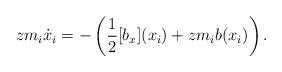
LaTeX: \begin{align*} zm_i\dot x_i=-\left(\frac12[b_x](x_i)+zm_i b(x_i)\right). \end{align*}